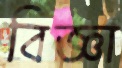
বিজ্ঞা